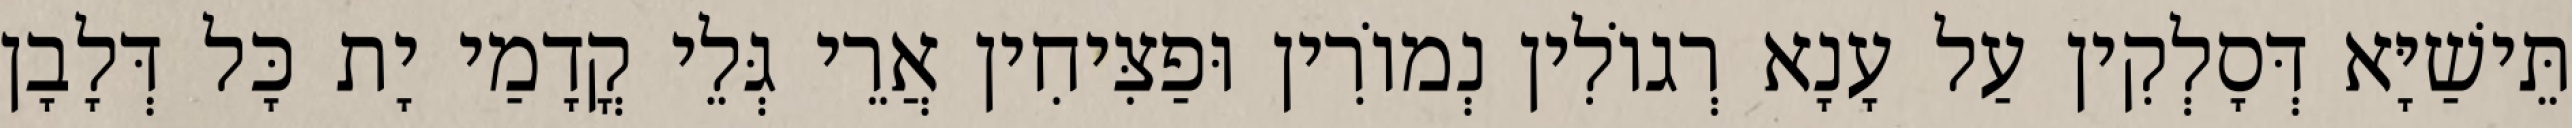
תֵּישַׁיָּא דְּסָלְקִין עַל עָנָא רְגוֹלִין נְמוֹרִין וּפַצִּיחִין אֲרֵי גְּלֵי קֳדָמַי יָת כָּל דְּלָבָן